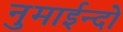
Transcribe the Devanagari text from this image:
नुमाईन्दो